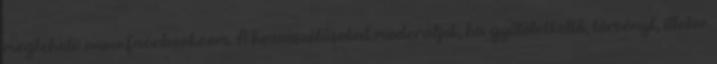
megteheti: www.facebook.com. A hozzászólásokat moderáljuk, ha gyűlöletkeltő, törvényt, illetve